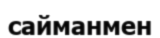
сайманмен